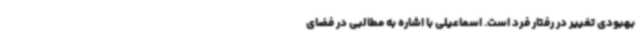
بهبودی تغییر در رفتار فرد است. اسماعیلی با اشاره به مطالبی در فضای